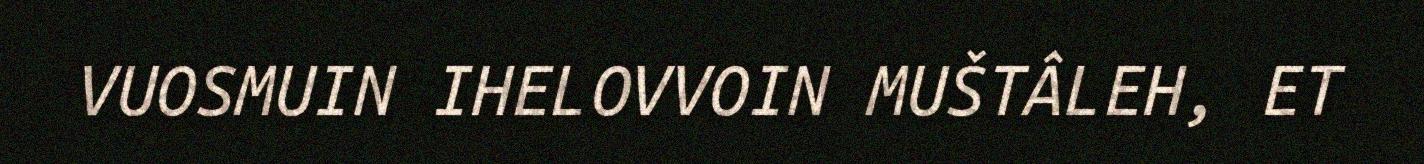
VUOSMUIN IHELOVVOIN MUŠTÂLEH, ET